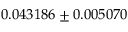
0 . 0 4 3 1 8 6 \pm 0 . 0 0 5 0 7 0